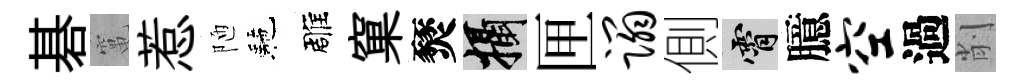
碁𥧄惹陋駰雕窠燹攝匣蹋側霄臆空過削